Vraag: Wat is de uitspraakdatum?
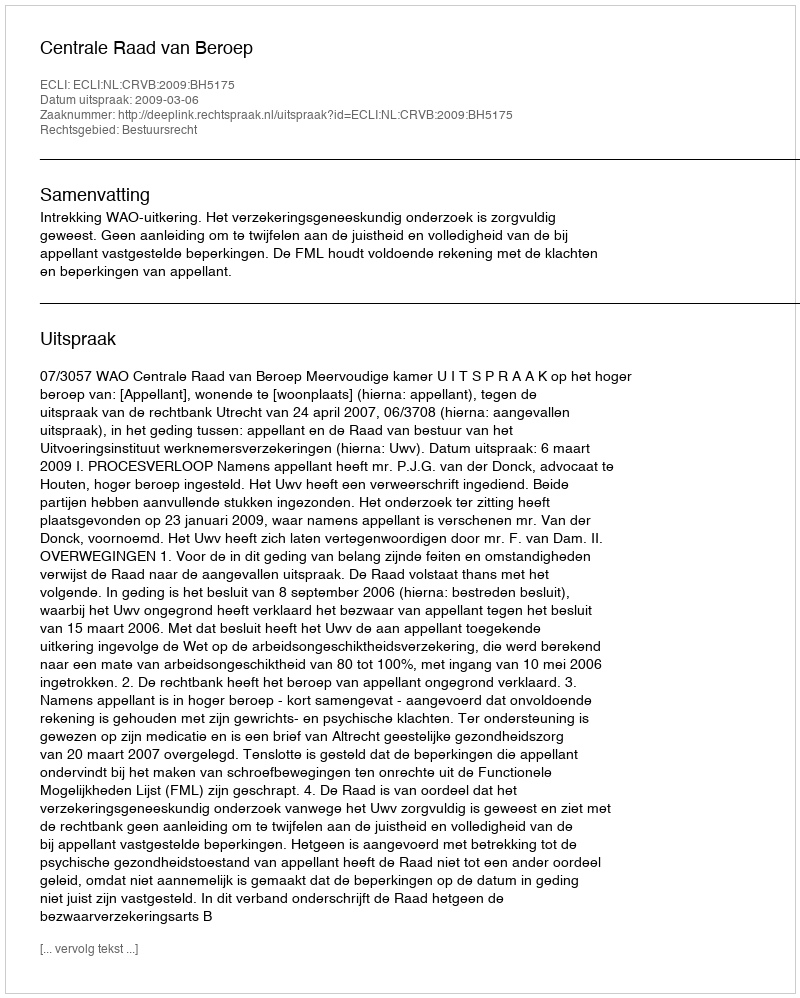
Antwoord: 2009-03-06